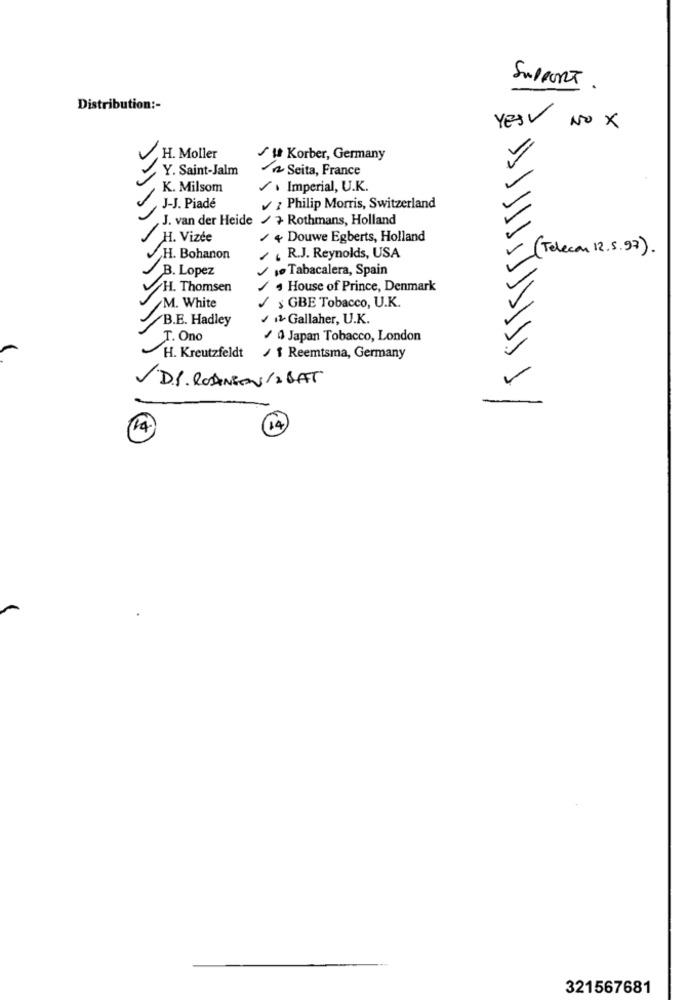
SUPPORT
Distribution :-
YESV NO X
H. Moller
/1 Korber, Germany
Y. Saint-Jalm
Scita, France
K. Milsom
, Imperial, U.K.
J-J. Piadé
z Philip Morris, Switzerland
J. van der Heide
/7 Rothmans, Holland
H. Vizée
/ 4Douwe Egberts, Holland
(Telecom 12.5. 97 ).
H. Bohanon
/ . R.J. Reynolds, USA
B. Lopez
, Tabacalera, Spain
H. Thomsen
House of Prince, Denmark
$ GBE Tobacco, U.K.
M. White
B.E. Hadley
Gallaher, U.K.
T. Ono
/ 0 Japan Tobacco, London
H. Kreutzfeldt
1 Reemtsma, Germany
D.P. RODINSON / 2 BAT
14
321567681